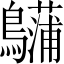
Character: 𪇨